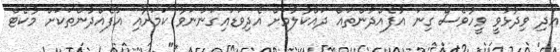
އަދި ވިދާޅުވީ ވީހާވެސް ގިނަ އުފެއްދުންތައް ދައްކާލުމަށް އެދިވަޑައިގަންނަވާ ކަމަށާއި އުފެއްދުންތަކަށް މާކެޓް